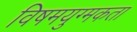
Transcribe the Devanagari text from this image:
विषमयुग्मकता